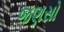
જણસો